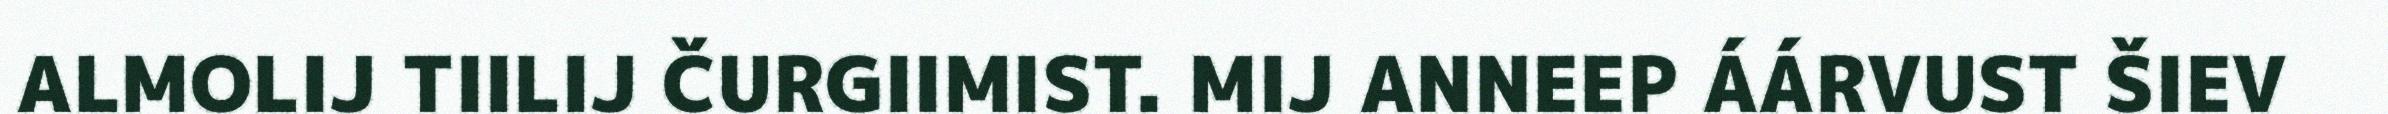
ALMOLIJ TIILIJ ČURGIIMIST. MIJ ANNEEP ÁÁRVUST ŠIEV